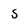
Character: 5